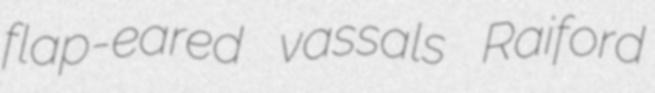
flap-eared vassals Raiford